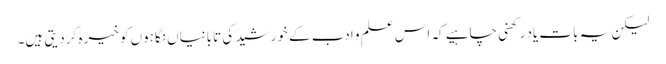
لیکن یہ بات یاد رکھنی چاہیے کہ اس علم و ادب کے خورشید کی تابانیاں نگاہوں کو خیرہ کر دیتی ہیں۔